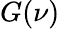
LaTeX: G(\nu)